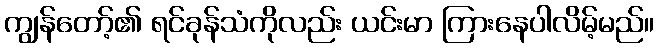
ကျွန်တော့်၏ ရင်ခုန်သံကိုလည်း ယင်းမာ ကြားနေပါလိမ့်မည်။